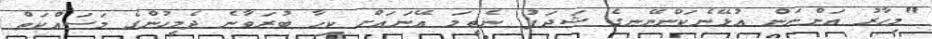
"މިހާރު އަންނަން އުޅޭނެކަންނޭނގެ ޝަދަފު ނެތީމަ އޭނައަށް ކިހާ ބުރަވާނެ ދެމީހުންގެ މަސައްކަތް